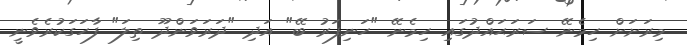
މިރަށަށް ހިމެނޭ ސަރަޙައްދުގައި ހިމެނޭ "ހަނިފަރު ބޭ" އަދި "ދަރަވަންދޫ ތިލަ" ފާހަގަކުރެވެނީ